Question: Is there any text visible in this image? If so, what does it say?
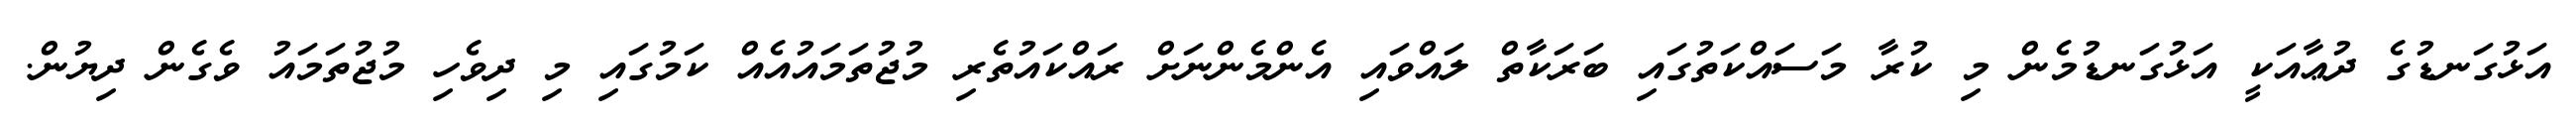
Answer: އަޅުގަނޑުގެ ދުޢާއަކީ އަޅުގަނޑުމެން މި ކުރާ މަސައްކަތުގައި ބަރަކާތް ލައްވައި އެންމެންނަށް ރައްކައުތެރި މުޖުތަމައުއެއް ކަމުގައި މި ދިވެހި މުޖުތަމައު ވެގެން ދިޔުން.